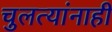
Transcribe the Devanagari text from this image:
चुलत्यांनाही